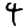
Digit: 4